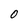
Character: O